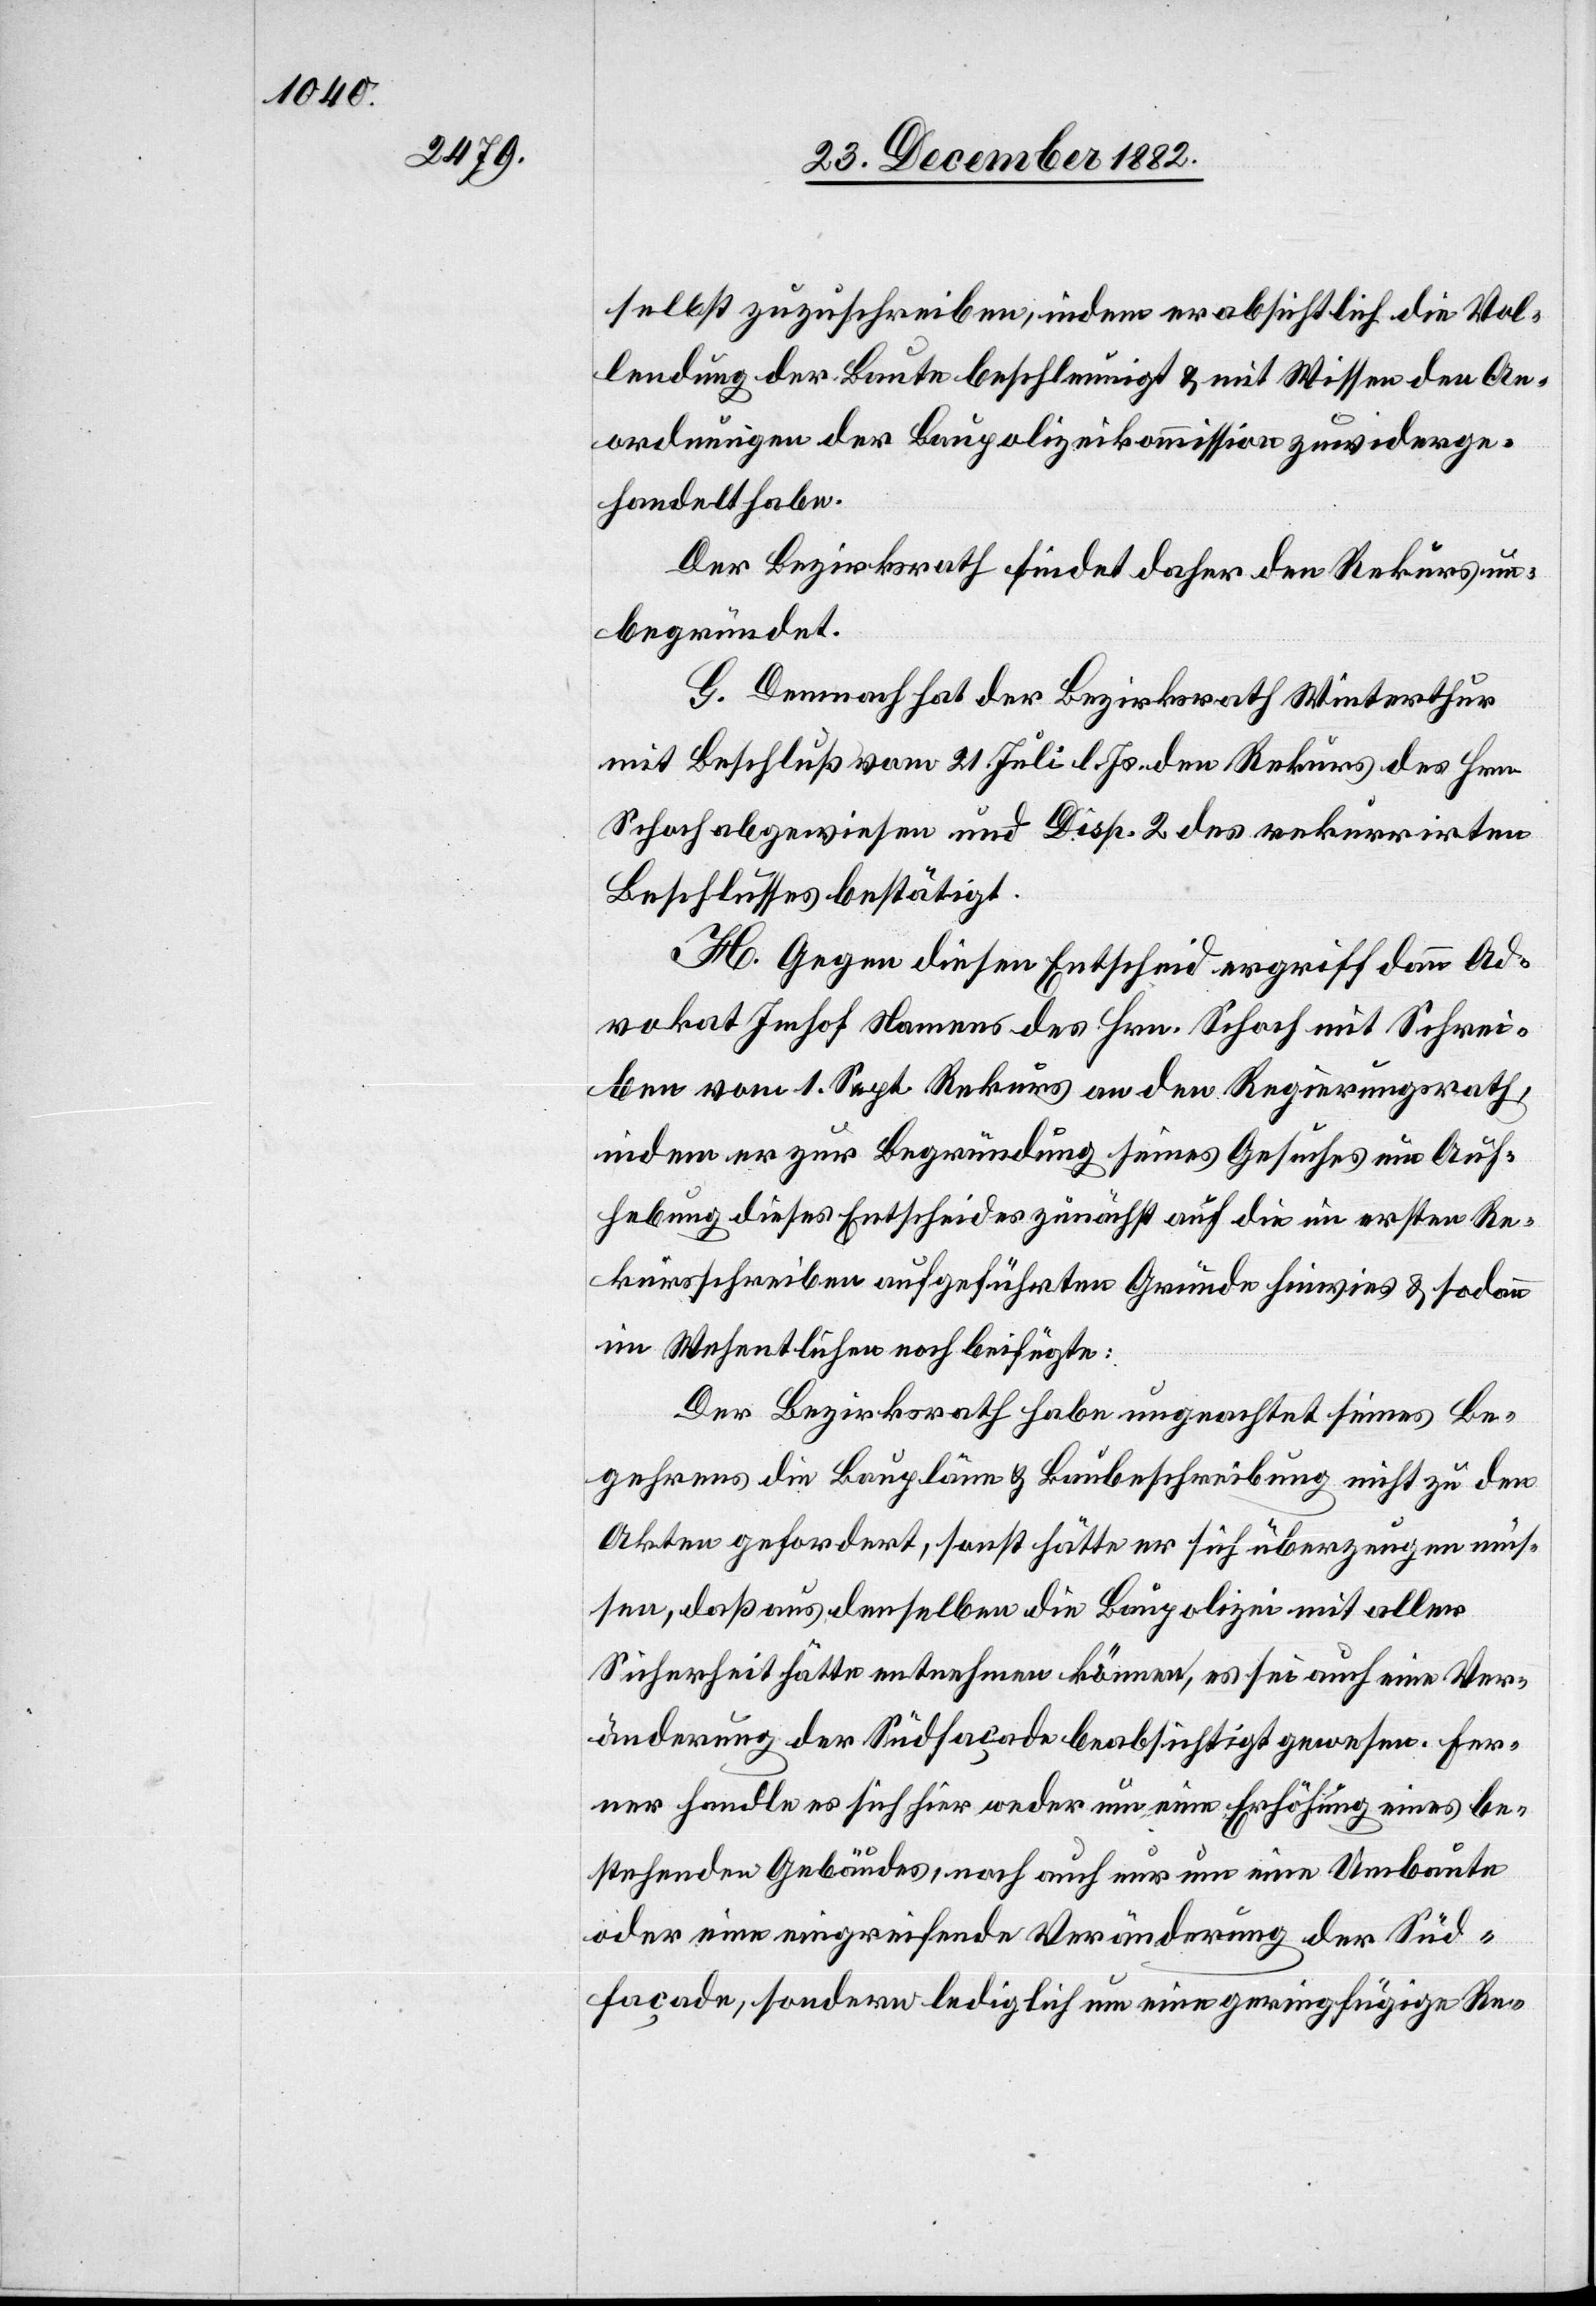
selbst zuzuschreiben, indem er absichtlich die Vol¬
lendung der Baute beschleunigt & mit Wissen den An¬
ordnungen der Baupolizeikommission zuwiderge¬
handelt habe.
Der Bezirksrath findet daher den Rekurs un¬
begründet.
G. Demnach hat der Bezirksrath Winterthur
mit Beschluß vom 21. Juli l. Js. den Rekurs des Hrn.
Schoch abgewiesen und Disp. 2 des rekurrirten
Beschlusses bestätigt.
H. Gegen diesen Entscheid ergriff dann Ad¬
vokat Imhof Namens des Hrn. Schoch mit Schrei¬
ben vom 1. Sept. Rekurs an den Regierungsrath,
indem er zur Begründung seines Gesuches um Auf¬
hebung dieses Entscheides zunächst auf die im ersten Re¬
kursschreiben aufgeführten Gründe hinwies & sodann
im Wesentlichen noch beifügte:
Der Bezirksrath habe ungeachtet seines Be¬
gehrens die Baupläne & Baubeschreibung nicht zu den
Akten gefordert, sonst hätte er sich überzeugen müs¬
sen, daß aus denselben die Baupolizei mit aller
Sicherheit hätte entnehmen können, es sei auch eine Ver¬
änderung der Südfaçade beabsichtigt gewesen. Fer¬
ner handle es sich hier weder um eine Erhöhung eines be¬
stehenden Gebäudes, noch auch nur um eine Umbaute
oder eine eingreifende Veränderung der Süd¬
façade, sondern lediglich um eine geringfügige Re-